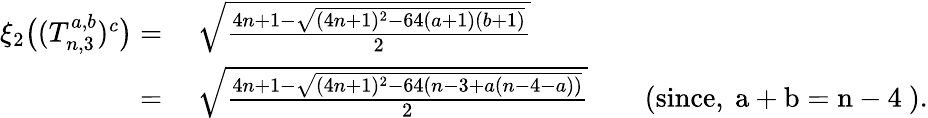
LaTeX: \begin{array}{rl}{\xi_{2}\big((T_{n,3}^{a,b})^{c}\big)=}&{~\sqrt{\frac{4n+1-\sqrt{(4n+1)^{2}-64(a+1)(b+1)}}{2}}}\\ {=}&{~\sqrt{\frac{4n+1-\sqrt{(4n+1)^{2}-64(n-3+a(n-4-a))}}{2}}\qquad\mathrm{(since,~a+b=n-4~)}.}\end{array}